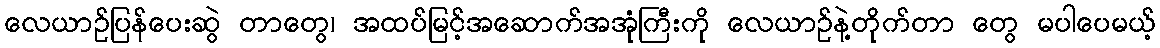
လေယာဉ်ပြန်ပေးဆွဲ တာတွေ၊ အထပ်မြင့်အဆောက်အအုံကြီးကို လေယာဉ်နဲ့တိုက်တာ တွေ မပါပေမယ့်